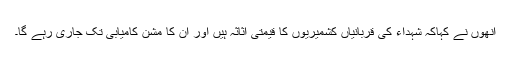
انھوں نے کہاکہ شہداء کی قربانیاں کشمیریوں کا قیمتی اثاثہ ہیں اور ان کا مشن کامیابی تک جاری رہے گا۔